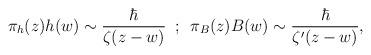
LaTeX: \begin{align*}\pi_h(z)h(w)\sim{\hbar\over\zeta(z-w)}\,\,\,;\,\,\,\pi_B(z)B(w)\sim{\hbar\over\zeta^\prime(z-w)},\end{align*}